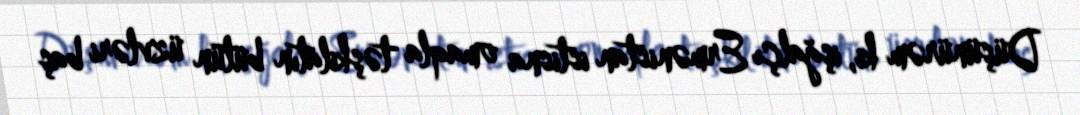
Düşünürəm ki, işğalçı Ermənistan istisna omaqla təşkilatın bütün üzvləri baş